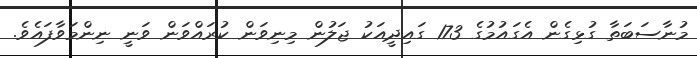
މުނާސަބަތާ ގުޅިގެން އެގައުމުގެ 173 ގައިދީއަކު ޖަލުން މިނިވަން ކުރައްވަން ވަނީ ނިންމަވާފައެވެ.